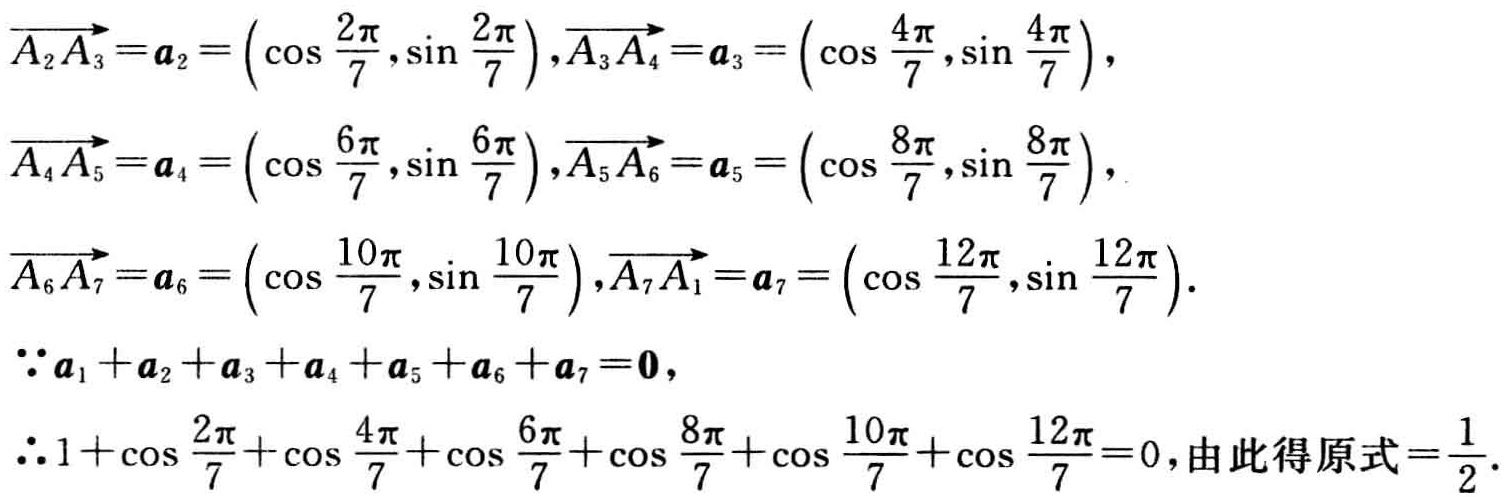
\(\overrightarrow{A_{2}A_{3}}=\boldsymbol{a}_{2}=\left(\cos\frac{2\pi}{7},\sin\frac{2\pi}{7}\right),\overrightarrow{A_{3}A_{4}}=\boldsymbol{a}_{3}=\left(\cos\frac{4\pi}{7},\sin\frac{4\pi}{7}\right),\)
\(\overrightarrow{A_{4}A_{5}}=\boldsymbol{a}_{4}=\left(\cos\frac{6\pi}{7},\sin\frac{6\pi}{7}\right),\overrightarrow{A_{5}A_{6}}=\boldsymbol{a}_{5}=\left(\cos\frac{8\pi}{7},\sin\frac{8\pi}{7}\right),\)
\(\overrightarrow{A_{6}A_{7}}=\boldsymbol{a}_{6}=\left(\cos\frac{10\pi}{7},\sin\frac{10\pi}{7}\right),\overrightarrow{A_{7}A_{1}}=\boldsymbol{a}_{7}=\left(\cos\frac{12\pi}{7},\sin\frac{12\pi}{7}\right).\)
\(\because\boldsymbol{a}_{1}+\boldsymbol{a}_{2}+\boldsymbol{a}_{3}+\boldsymbol{a}_{4}+\boldsymbol{a}_{5}+\boldsymbol{a}_{6}+\boldsymbol{a}_{7}=\mathbf{0},\)
\(\therefore 1 + \cos\frac{2\pi}{7}+\cos\frac{4\pi}{7}+\cos\frac{6\pi}{7}+\cos\frac{8\pi}{7}+\cos\frac{10\pi}{7}+\cos\frac{12\pi}{7}=0,由此得原式=\frac{1}{2}.\)